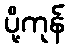
ပို့ကုန်